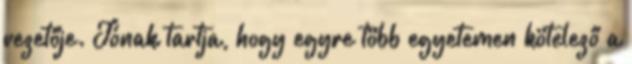
vezetője. Jónak tartja, hogy egyre több egyetemen kötelező a